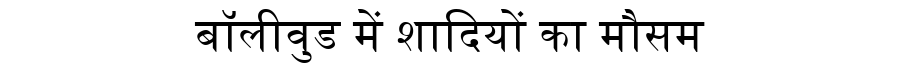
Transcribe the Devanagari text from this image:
बॉलीवुड में शादियों का मौसम